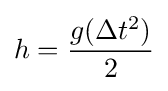
h={\frac {g(\Delta t^{2})}{2}}